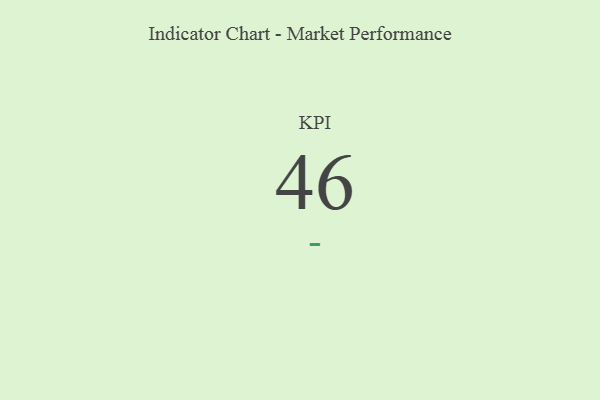
{"axis": {"x": "KPI", "y": "Value"}, "legend": [""], "data": [{"x": "KPI", "y": 46, "type": ""}]}